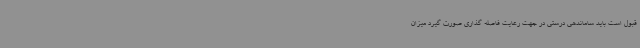
قبول است باید ساماندهی درستی در جهت رعایت فاصله گذاری صورت گیرد میزان